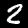
Digit: 2